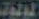
المولوت